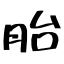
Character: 胎